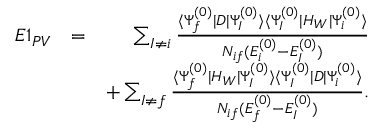
\begin{array} { r l r } { E 1 _ { P V } } & { = } & { \sum _ { I \ne i } \frac { \langle \Psi _ { f } ^ { ( 0 ) } | D | \Psi _ { I } ^ { ( 0 ) } \rangle \langle \Psi _ { I } ^ { ( 0 ) } | H _ { W } | \Psi _ { i } ^ { ( 0 ) } \rangle } { { \cal N } _ { i f } ( E _ { i } ^ { ( 0 ) } - E _ { I } ^ { ( 0 ) } ) } } \\ & { } & { + \sum _ { I \ne f } \frac { \langle \Psi _ { f } ^ { ( 0 ) } | H _ { W } | \Psi _ { I } ^ { ( 0 ) } \rangle \langle \Psi _ { I } ^ { ( 0 ) } | D | \Psi _ { i } ^ { ( 0 ) } \rangle } { { \cal N } _ { i f } ( E _ { f } ^ { ( 0 ) } - E _ { I } ^ { ( 0 ) } ) } . } \end{array}